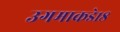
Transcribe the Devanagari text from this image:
उगमाकडे१८